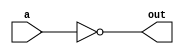
module inverter(
    input wire a,
    output reg out
);

always @ (a) begin
    out = ~a;
end

endmodule